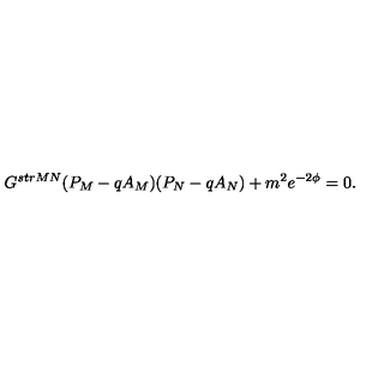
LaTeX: G ^ { s t r M N } ( P _ { M } - q A _ { M } ) ( P _ { N } - q A _ { N } ) + m ^ { 2 } e ^ { - 2 \phi } = 0 .